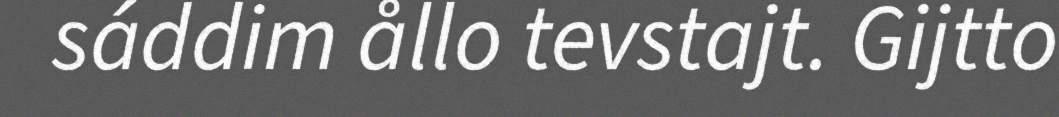
sáddim ållo tevstajt. Gijtto